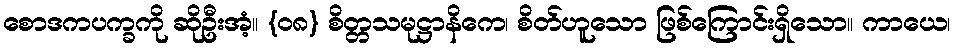
စောဒကပက္ခကို ဆိုဦးအံ့။ {၀၈} စိတ္တသမုဋ္ဌာနိကေ၊ စိတ်ဟူသော ဖြစ်ကြောင်းရှိသော။ ကာယေ၊